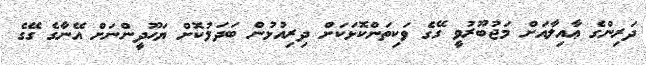
ދަރިންގެ ޢާއިލާއަށް މަޖުބޫރުވީ ގޭގެ ވަކިތަންކޮޅަކަށް ދިރިއުޅުން ބަދަލުކޮށް ޔަހޫދީންނަށް އޭނާގެ ގޭގެ